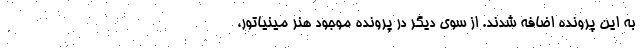
به این پرونده اضافه شدند. از سوی دیگر در پرونده موجود هنر مینیاتور،